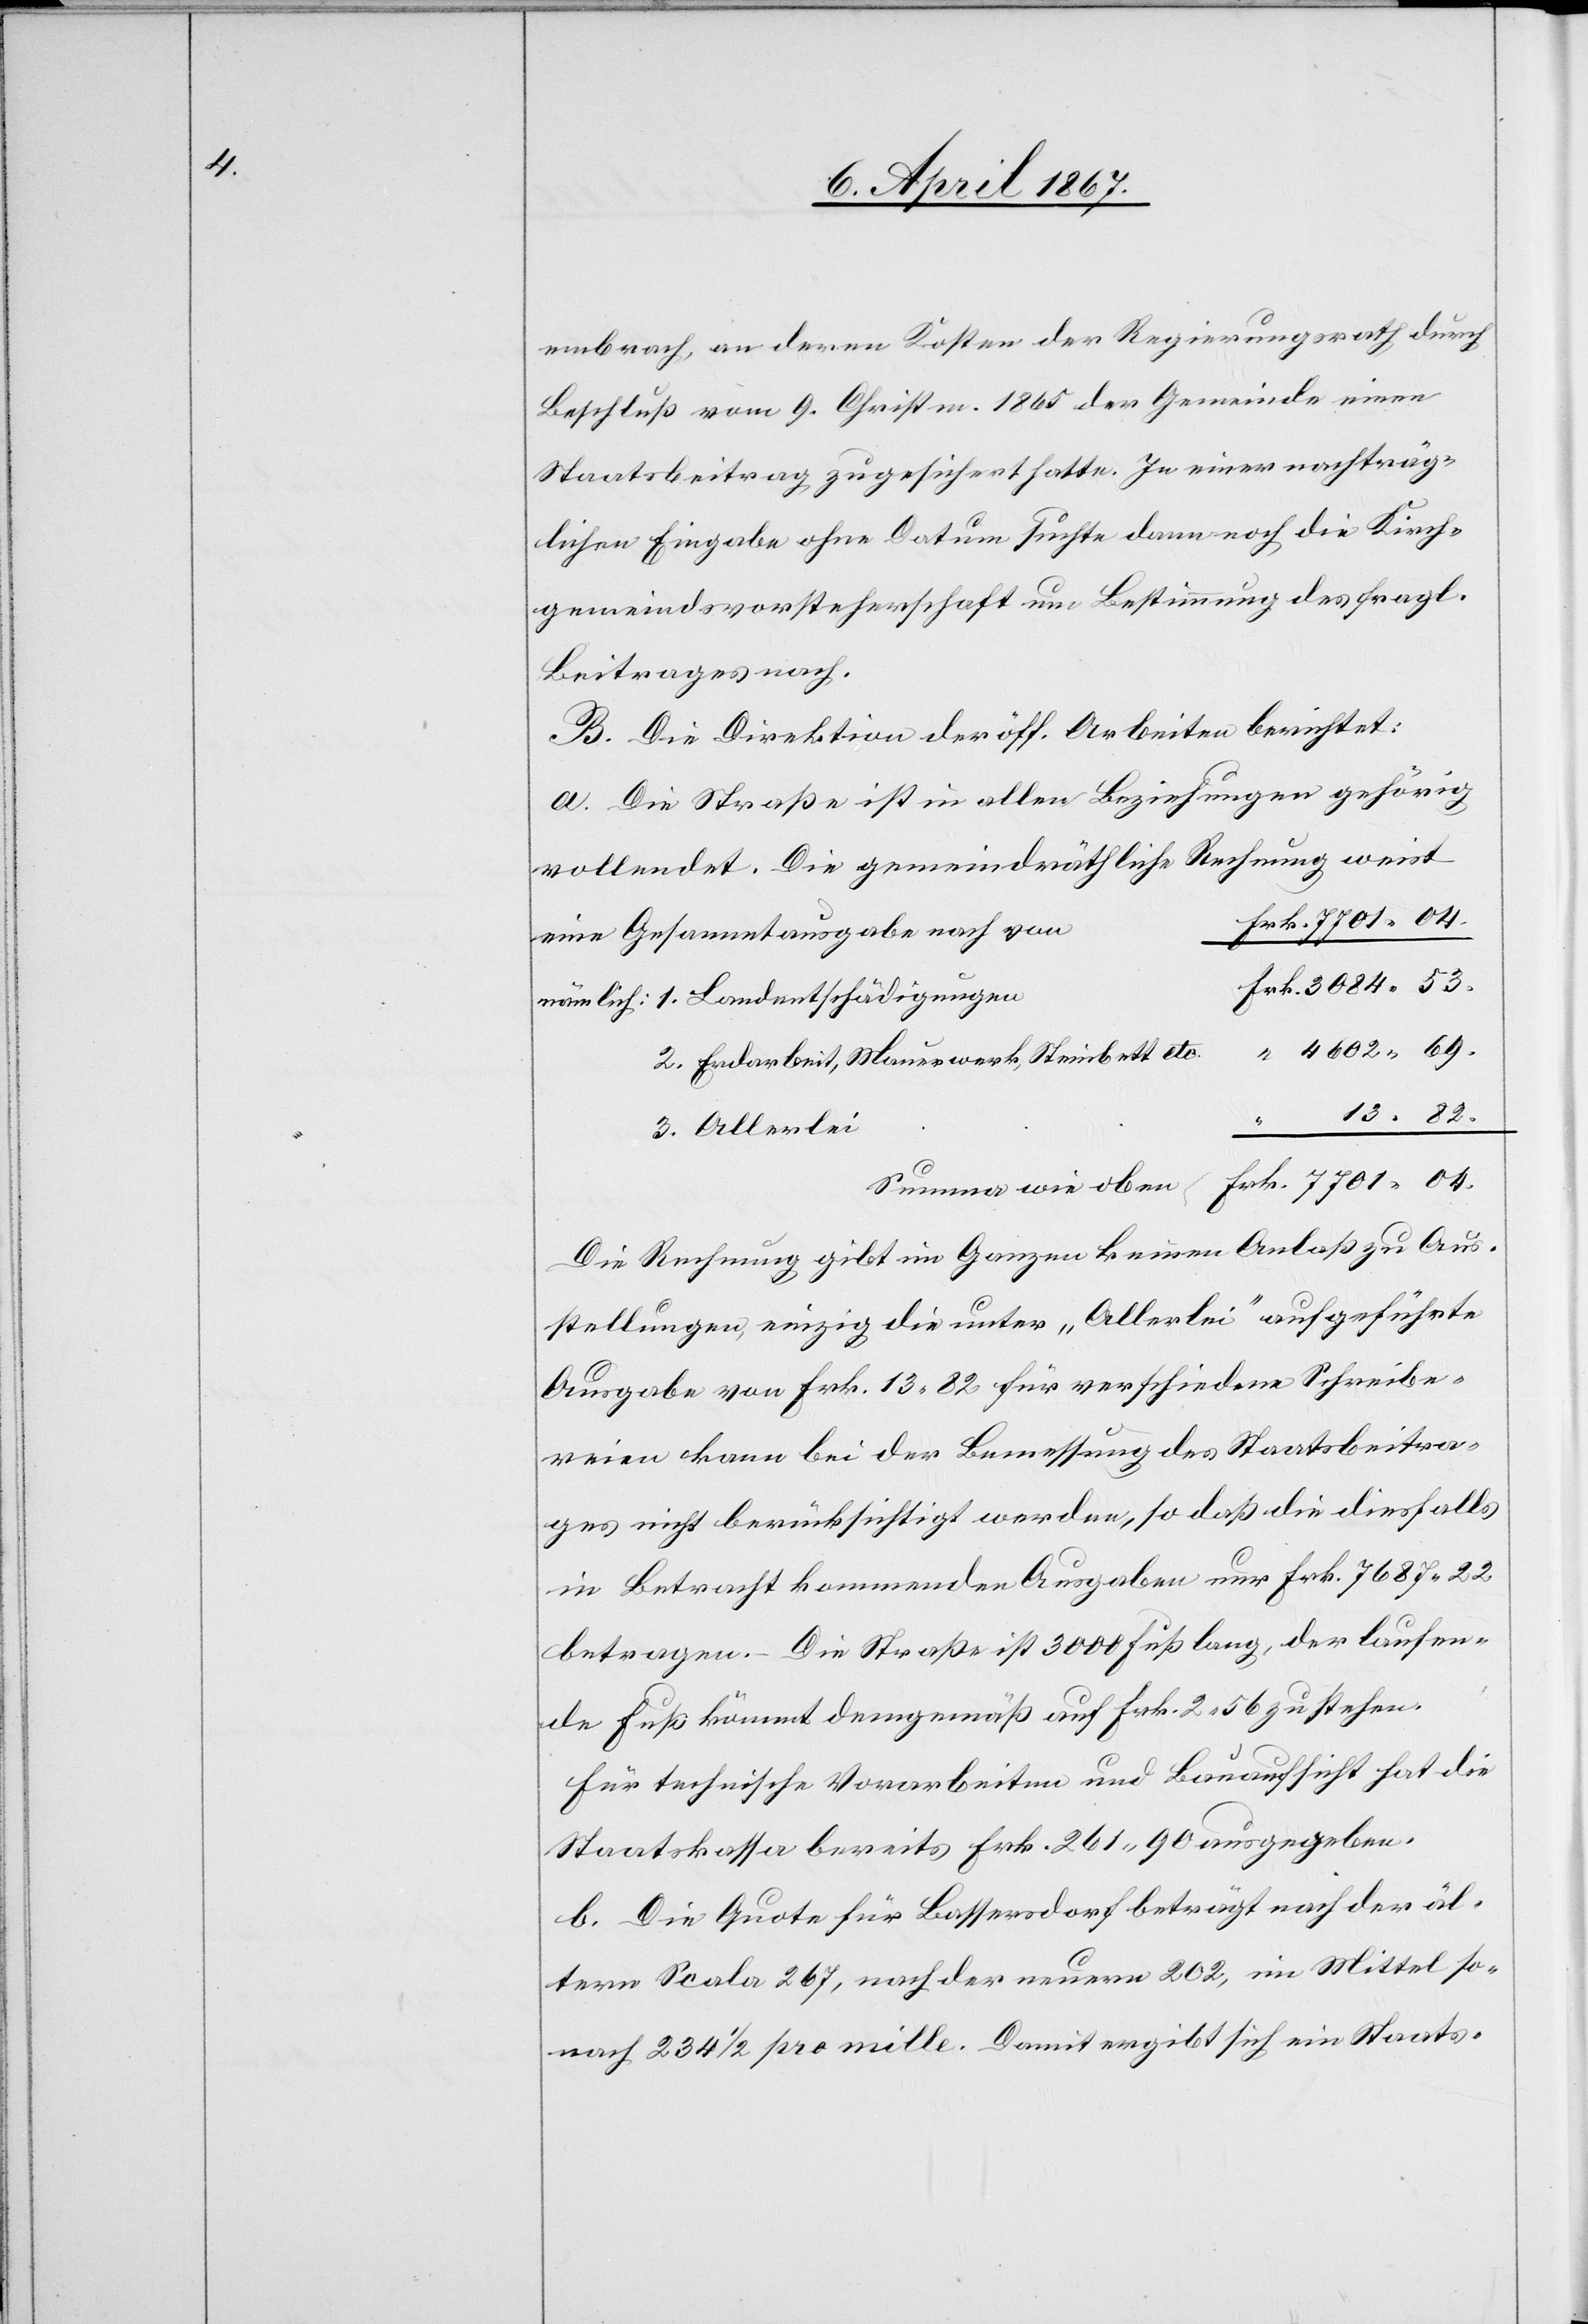
embrach, an deren Kosten der Regierungsrath durch
Beschluß vom 9. Christm. 1865 der Gemeinde einen
Staatsbeitrag zugesichert hatte. In einer nachträg¬
lichen Eingabe ohne Datum suchte dann noch die Kirch¬
gemeindsvorsteherschaft um Bestimmung des fragl.
Beitrages nach.
B. Die Direktion der öff. Arbeiten berichtet:
a. Die Straße ist in allen Beziehungen gehörig
vollendet. Die gemeindräthliche Rechnung weist
eine Gesammtausgabe nach
2. Endarbeit, Mauerwerk, Steinbett
13. 82.
Summe wie oben	Frk.	7701. 04.
Die Rechnung gibt im Ganzen keinen Anlaß zu Aus¬
stellungen, einzig die unter „Allerlei“ aufgeführte
Ausgabe von Frk. 13, 82 für verschiedene Schreibe¬
reien kann bei der Bemessung des Staatsbeitra¬
ges nicht berücksichtigt werden, so daß die diesfalls
in Betracht kommenden Ausgaben nur Frk. 7687, 22
betragen. – Die Straße ist 3000 Fuß lang, der laufen¬
de Fuß kömmt demgemäß auf Frk. 2, 56 zu stehen.
Für technische Vorarbeiten und Bauaufsicht hat die
Staatskassa bereits Frk. 261, 90 ausgegeben.
b. Die Quote für Bassersdorf beträgt nach der äl¬
tern Scala 267, nach der neuern 202, im Mittel so¬
nach 234 1/2 pro mille. Damit ergibt sich ein Staats-